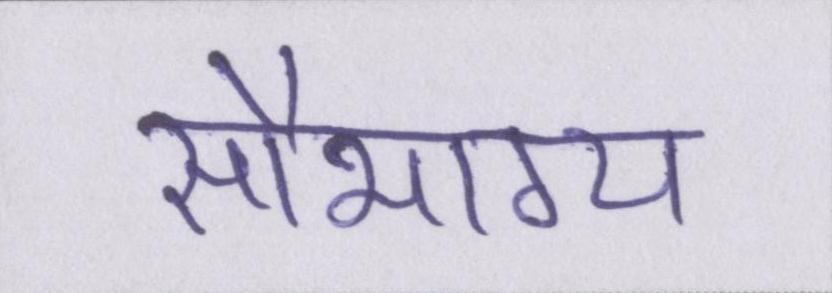
सौभाग्य